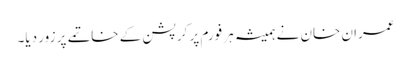
عمران خان نے ہمیشہ ہر فورم پر کرپشن کے خاتمے پر زور دیا۔